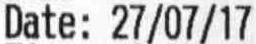
DATE: 27/07/17